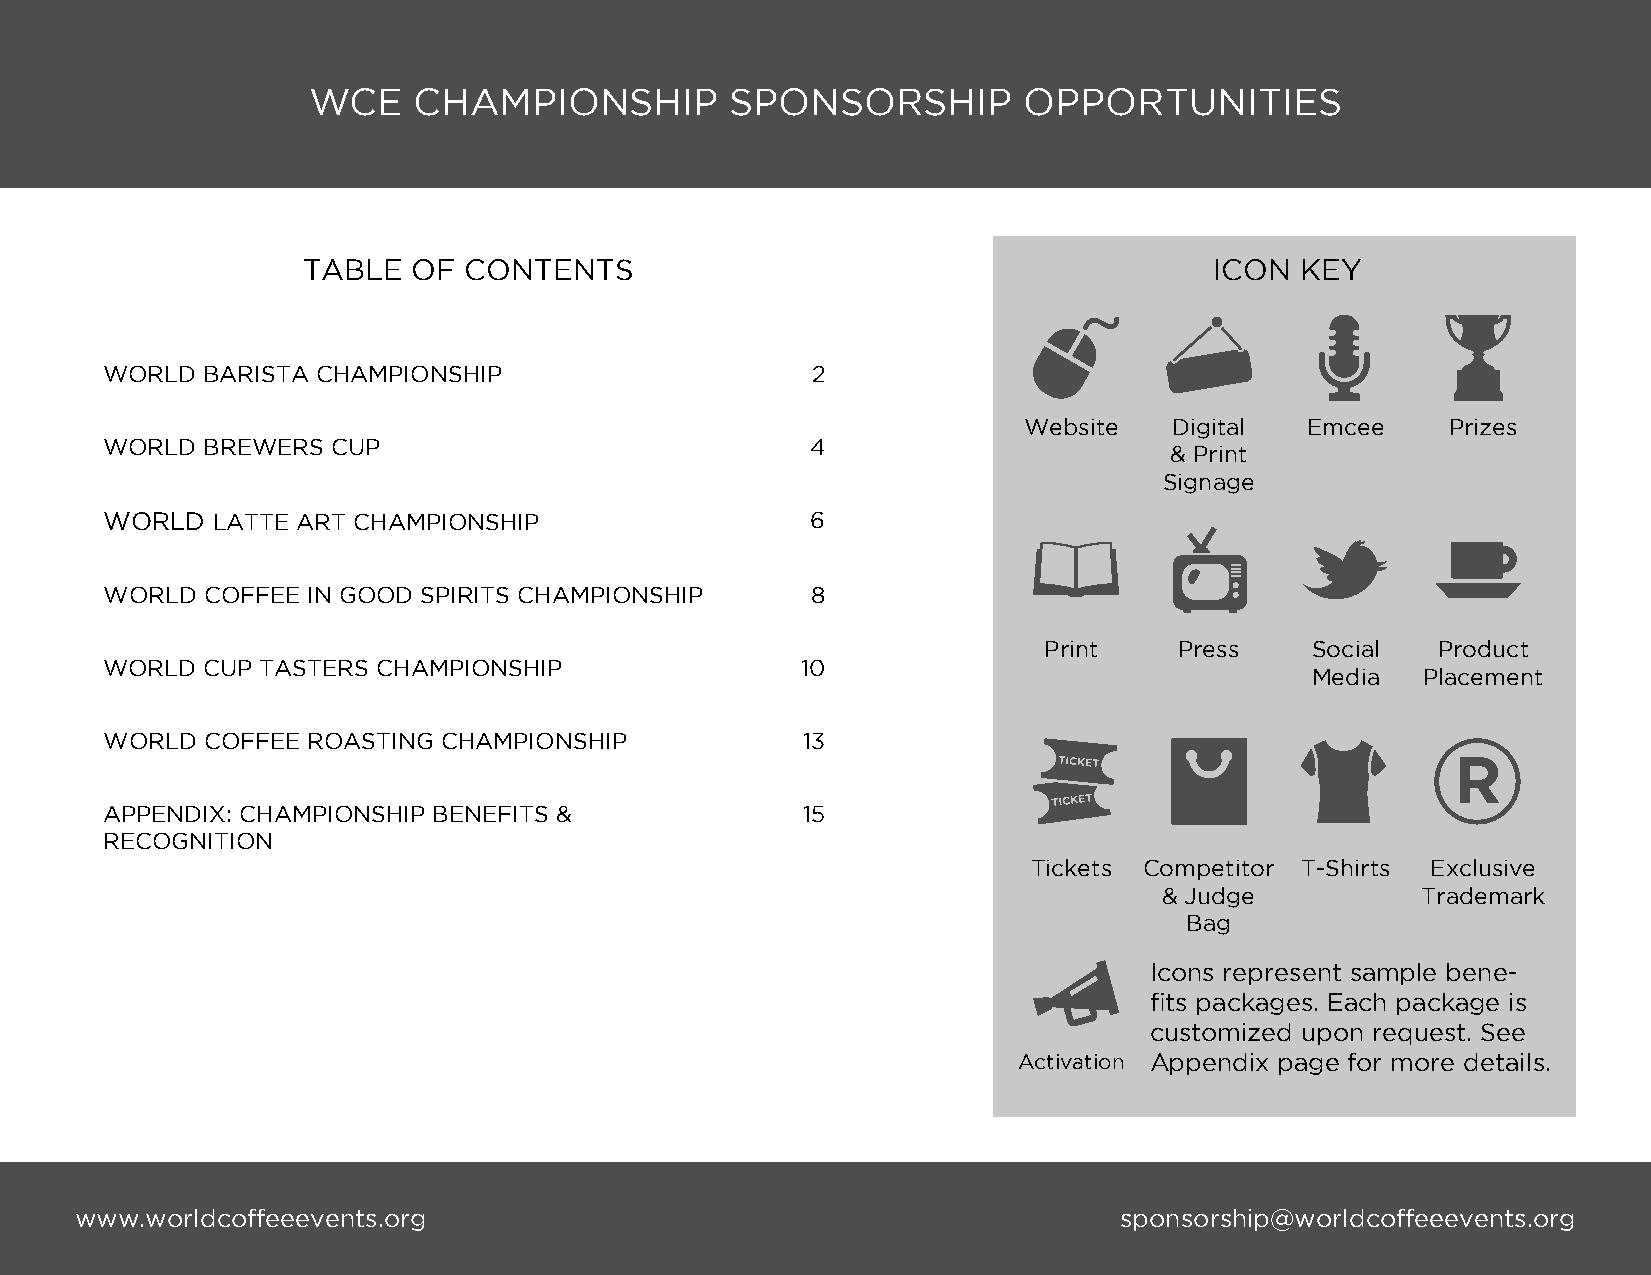
WCE    CHAMPIONSHIP         SPONSORSHIP         OPPORTUNITIES
 TABLE  OF  CONTENTS                                         ICON  KEY
 WORLD BARISTA CHAMPIONSHIP                     2
 Website   Digital Emcee     Prizes
 WORLD BREWERS  CUP                             4
 & Print
 Signage
 WORLD  LATTE ART CHAMPIONSHIP                  6
 WORLD COFFEE IN GOOD SPIRITS CHAMPIONSHIP      8
 Print    Press    Social  Product
 WORLD CUP TASTERS CHAMPIONSHIP                10
 Media  Placement
 WORLD COFFEE ROASTING CHAMPIONSHIP            13
 APPENDIX: CHAMPIONSHIP BENEFITS &             15
 RECOGNITION
 Tickets Competitor T-Shirts Exclusive
 & Judge          Trademark
 Bag
 Icons represent sample bene-
 fits packages. Each package is
 customized upon request. See
 Activation Appendix page for more details.
 www.worldcoffeeevents.org                                            sponsorship@worldcoffeeevents.org